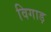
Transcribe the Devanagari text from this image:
विगाड़